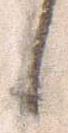
候